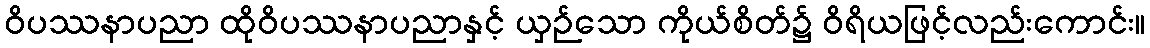
ဝိပဿနာပညာ ထိုဝိပဿနာပညာနှင့် ယှဉ်သော ကိုယ်စိတ်၌ ဝိရိယဖြင့်လည်းကောင်း။